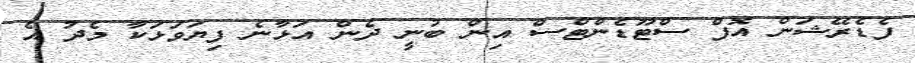
ފެޑެރޭޝަން އޮފް ސްޓޫޑެންޓްސް އިން ބުނީ ދެން އަޅާނެ ފިޔަވަޅަކާ މެދު އެ